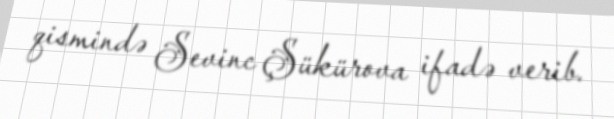
qismində Sevinc Şükürova ifadə verib.